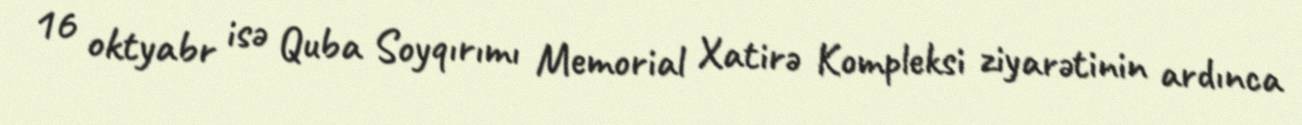
16 oktyabr isə Quba Soyqırımı Memorial Xatirə Kompleksi ziyarətinin ardınca